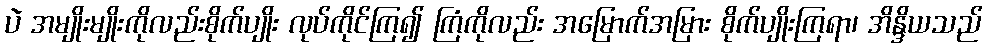
ပဲ အမျိုးမျိုးကိုလည်းစိုက်ပျိုး လုပ်ကိုင်ကြ၍ ကြံကိုလည်း အမြောက်အမြား စိုက်ပျိုးကြရာ၊ အိန္ဒိယသည်